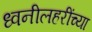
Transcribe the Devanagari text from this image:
ध्वनीलहरींच्या